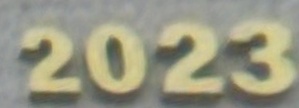
2023